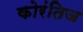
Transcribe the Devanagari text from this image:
कोरंतिज